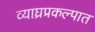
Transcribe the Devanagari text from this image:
व्याघ्रप्रकल्पात